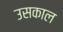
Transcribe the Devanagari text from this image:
उसकाल